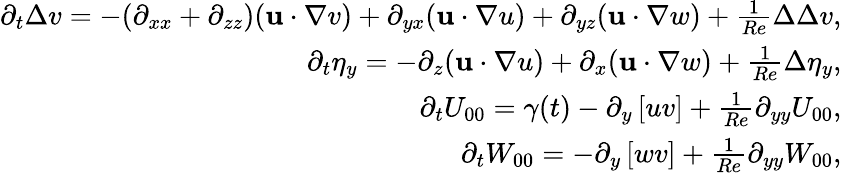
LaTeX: \begin{array}{r}{\partial_{t}\Delta v=-(\partial_{xx}+\partial_{zz})(\mathbf{u}\cdot\mathbf{\nabla}v)+\partial_{yx}(\mathbf{u}\cdot\mathbf{\nabla}u)+\partial_{yz}(\mathbf{u}\cdot\mathbf{\nabla}w)+\frac{1}{Re}\Delta\Delta v,}\\ {\partial_{t}\eta_{y}=-\partial_{z}(\mathbf{u}\cdot\mathbf{\nabla}u)+\partial_{x}(\mathbf{u}\cdot\mathbf{\nabla}w)+\frac{1}{Re}\Delta\eta_{y},}\\ {\partial_{t}U_{00}=\gamma(t)-\partial_{y}\left[uv\right]+\frac{1}{Re}\partial_{yy}U_{00},}\\ {\partial_{t}W_{00}=-\partial_{y}\left[wv\right]+\frac{1}{Re}\partial_{yy}W_{00},}\end{array}